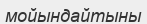
мойындайтыны